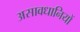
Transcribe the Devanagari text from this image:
असावधानियों